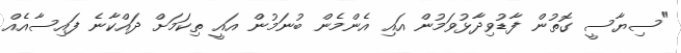
"ސިޔާސީ ގޮތުން ފާޑުވިދާޅުވަމުން އައި އެންމެން ބުނަމުން އައީ ތިކަމަށް ދައްކާނެ ފައިސާއެއް